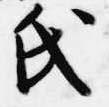
氏